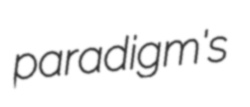
paradigm's